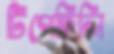
টিপেছিলি